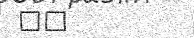
٢٣